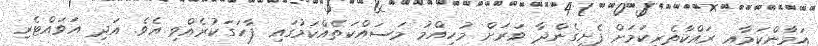
އަމާންކަމާއި ރައްކާތެރިކަަމަށް ފެށިގެންދާ ވަރަށް މުހިއްމު މަސައްކަތެއްކަމުގައި ފާހަގަކުރެއްވި އެވެ. އަދި އަވައްޓެރި